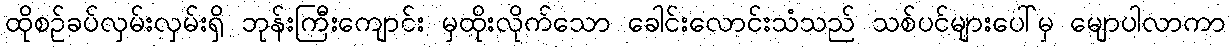
ထိုစဉ်ခပ်လှမ်းလှမ်းရှိ ဘုန်းကြီးကျောင်း မှထိုးလိုက်သော ခေါင်းလောင်းသံသည် သစ်ပင်များပေါ်မှ မျောပါလာကာ